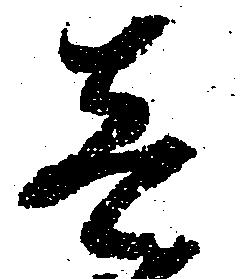
壱